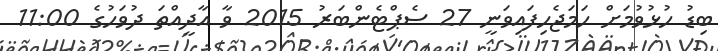
ބިޑު ހުޅުވުމަށް ހަމަޖެހިފައިވަނީ 27 ސެޕްޓެންބަރު 2015 ވާ އާދީއްތަ ދުވަހުގެ 11:00